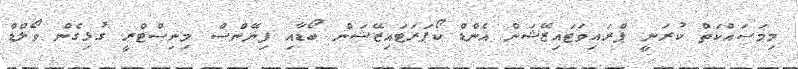
މިމަސައްކަތް ކުރަނީ ޕްރައިވަޓައިޒޭޝަން އެންޑް ކޯޕަރަޓައިޒޭޝަން ބޯޑާއި ފިނޭންސް މިނިސްޓްރީ ގުޅިގެން ވޯލްޑް